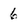
Character: 6